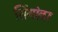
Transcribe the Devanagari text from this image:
शिंगांवर